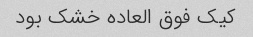
کیک فوق العاده خشک بود